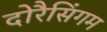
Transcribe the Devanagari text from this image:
दोरैसिंगम